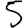
Digit: 5